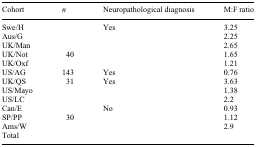
<table><thead><tr><td><b>Cohort</b></td><td><b><i>n</i></b></td><td><b>Neuropathological diagnosis</b></td><td><b>M:F ratio</b></td></tr></thead><tbody><tr><td>Swe/H</td><td>[EMPTY_CELL]</td><td>Yes</td><td>3.25</td></tr><tr><td>Aus/G</td><td>[EMPTY_CELL]</td><td>[EMPTY_CELL]</td><td>2.25</td></tr><tr><td>UK/Man</td><td>[EMPTY_CELL]</td><td>[EMPTY_CELL]</td><td>2.65</td></tr><tr><td>UK/Not</td><td>40</td><td>[EMPTY_CELL]</td><td>1.65</td></tr><tr><td>UK/Oxf</td><td>[EMPTY_CELL]</td><td>[EMPTY_CELL]</td><td>1.21</td></tr><tr><td>US/AG</td><td>143</td><td>Yes</td><td>0.76</td></tr><tr><td>UK/QS</td><td>31</td><td>Yes</td><td>3.63</td></tr><tr><td>US/Mayo</td><td>[EMPTY_CELL]</td><td>[EMPTY_CELL]</td><td>1.38</td></tr><tr><td>US/LC</td><td>[EMPTY_CELL]</td><td>[EMPTY_CELL]</td><td>2.2</td></tr><tr><td>Can/E</td><td>[EMPTY_CELL]</td><td>No</td><td>0.93</td></tr><tr><td>SP/PP</td><td>30</td><td>[EMPTY_CELL]</td><td>1.12</td></tr><tr><td>Ams/W</td><td>[EMPTY_CELL]</td><td>[EMPTY_CELL]</td><td>2.9</td></tr><tr><td>Total</td><td colspan="3">[EMPTY_CELL]</td></tr></tbody></table>